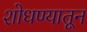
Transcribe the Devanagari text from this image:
शोधण्यातून